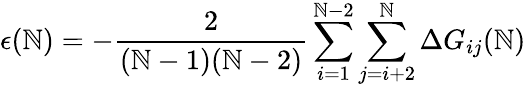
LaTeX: \epsilon(\mathbb{N})=-\frac{{2}}{{(\mathbb{N}-1)(\mathbb{N}-2)}}\sum_{i=1}^{\mathbb{N}-2}\sum_{j=i+2}^{\mathbb{N}}\Delta{G}_{ij}(\mathbb{N})